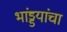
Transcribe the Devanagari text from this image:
भांड्डयांचा